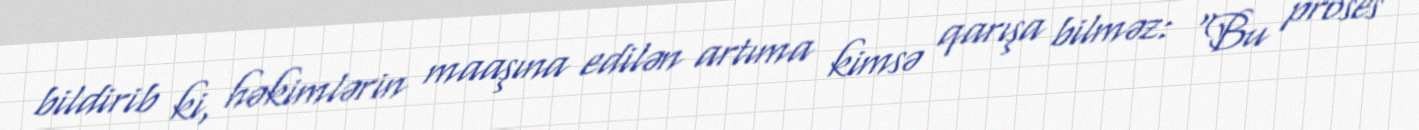
bildirib ki, həkimlərin maaşına edilən artıma kimsə qarışa bilməz: “Bu proses